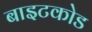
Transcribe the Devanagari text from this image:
बाइटकोड